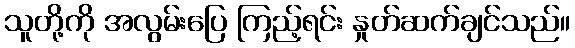
သူတို့ကို အလွမ်းပြေ ကြည့်ရင်း နှုတ်ဆက်ချင်သည်။